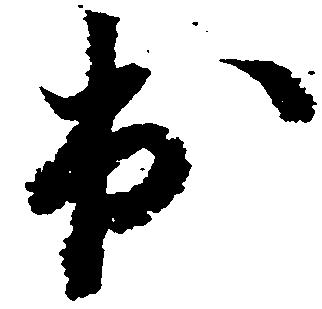
出